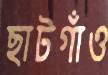
ছাটগাঁও